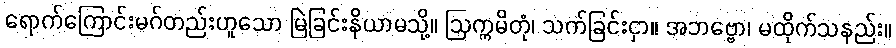
ရောက်ကြောင်းမဂ်တည်းဟူသော မြဲခြင်းနိယာမသို့။ ဩက္ကမိတုံ၊ သက်ခြင်းငှာ။ အဘဗ္ဗော၊ မထိုက်သနည်း။